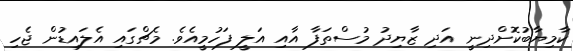
ކާމިޔާބުކޮށްދިނީ އަދި ޒާޔިދު މުސްތަފާ އާއި އަލީ ފަހުމީއެވެ. މެޗްގައި އެލައިޑުން ޖެހި